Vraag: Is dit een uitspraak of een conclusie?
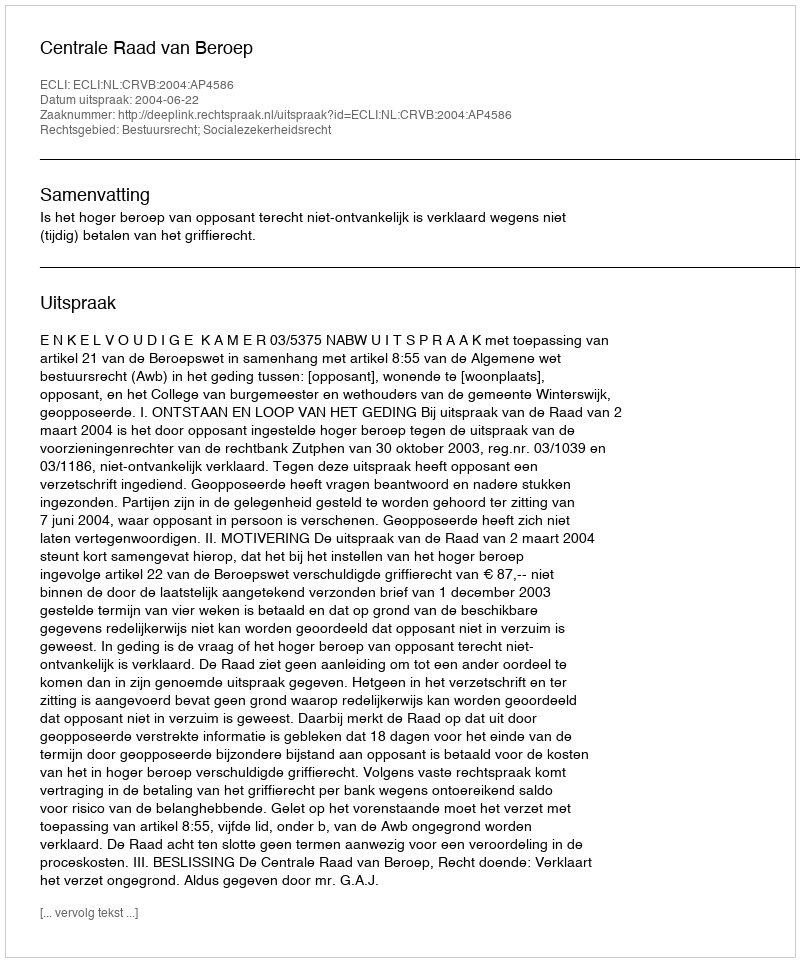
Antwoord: Uitspraak